Trukikaitis_Postimees, lk 95
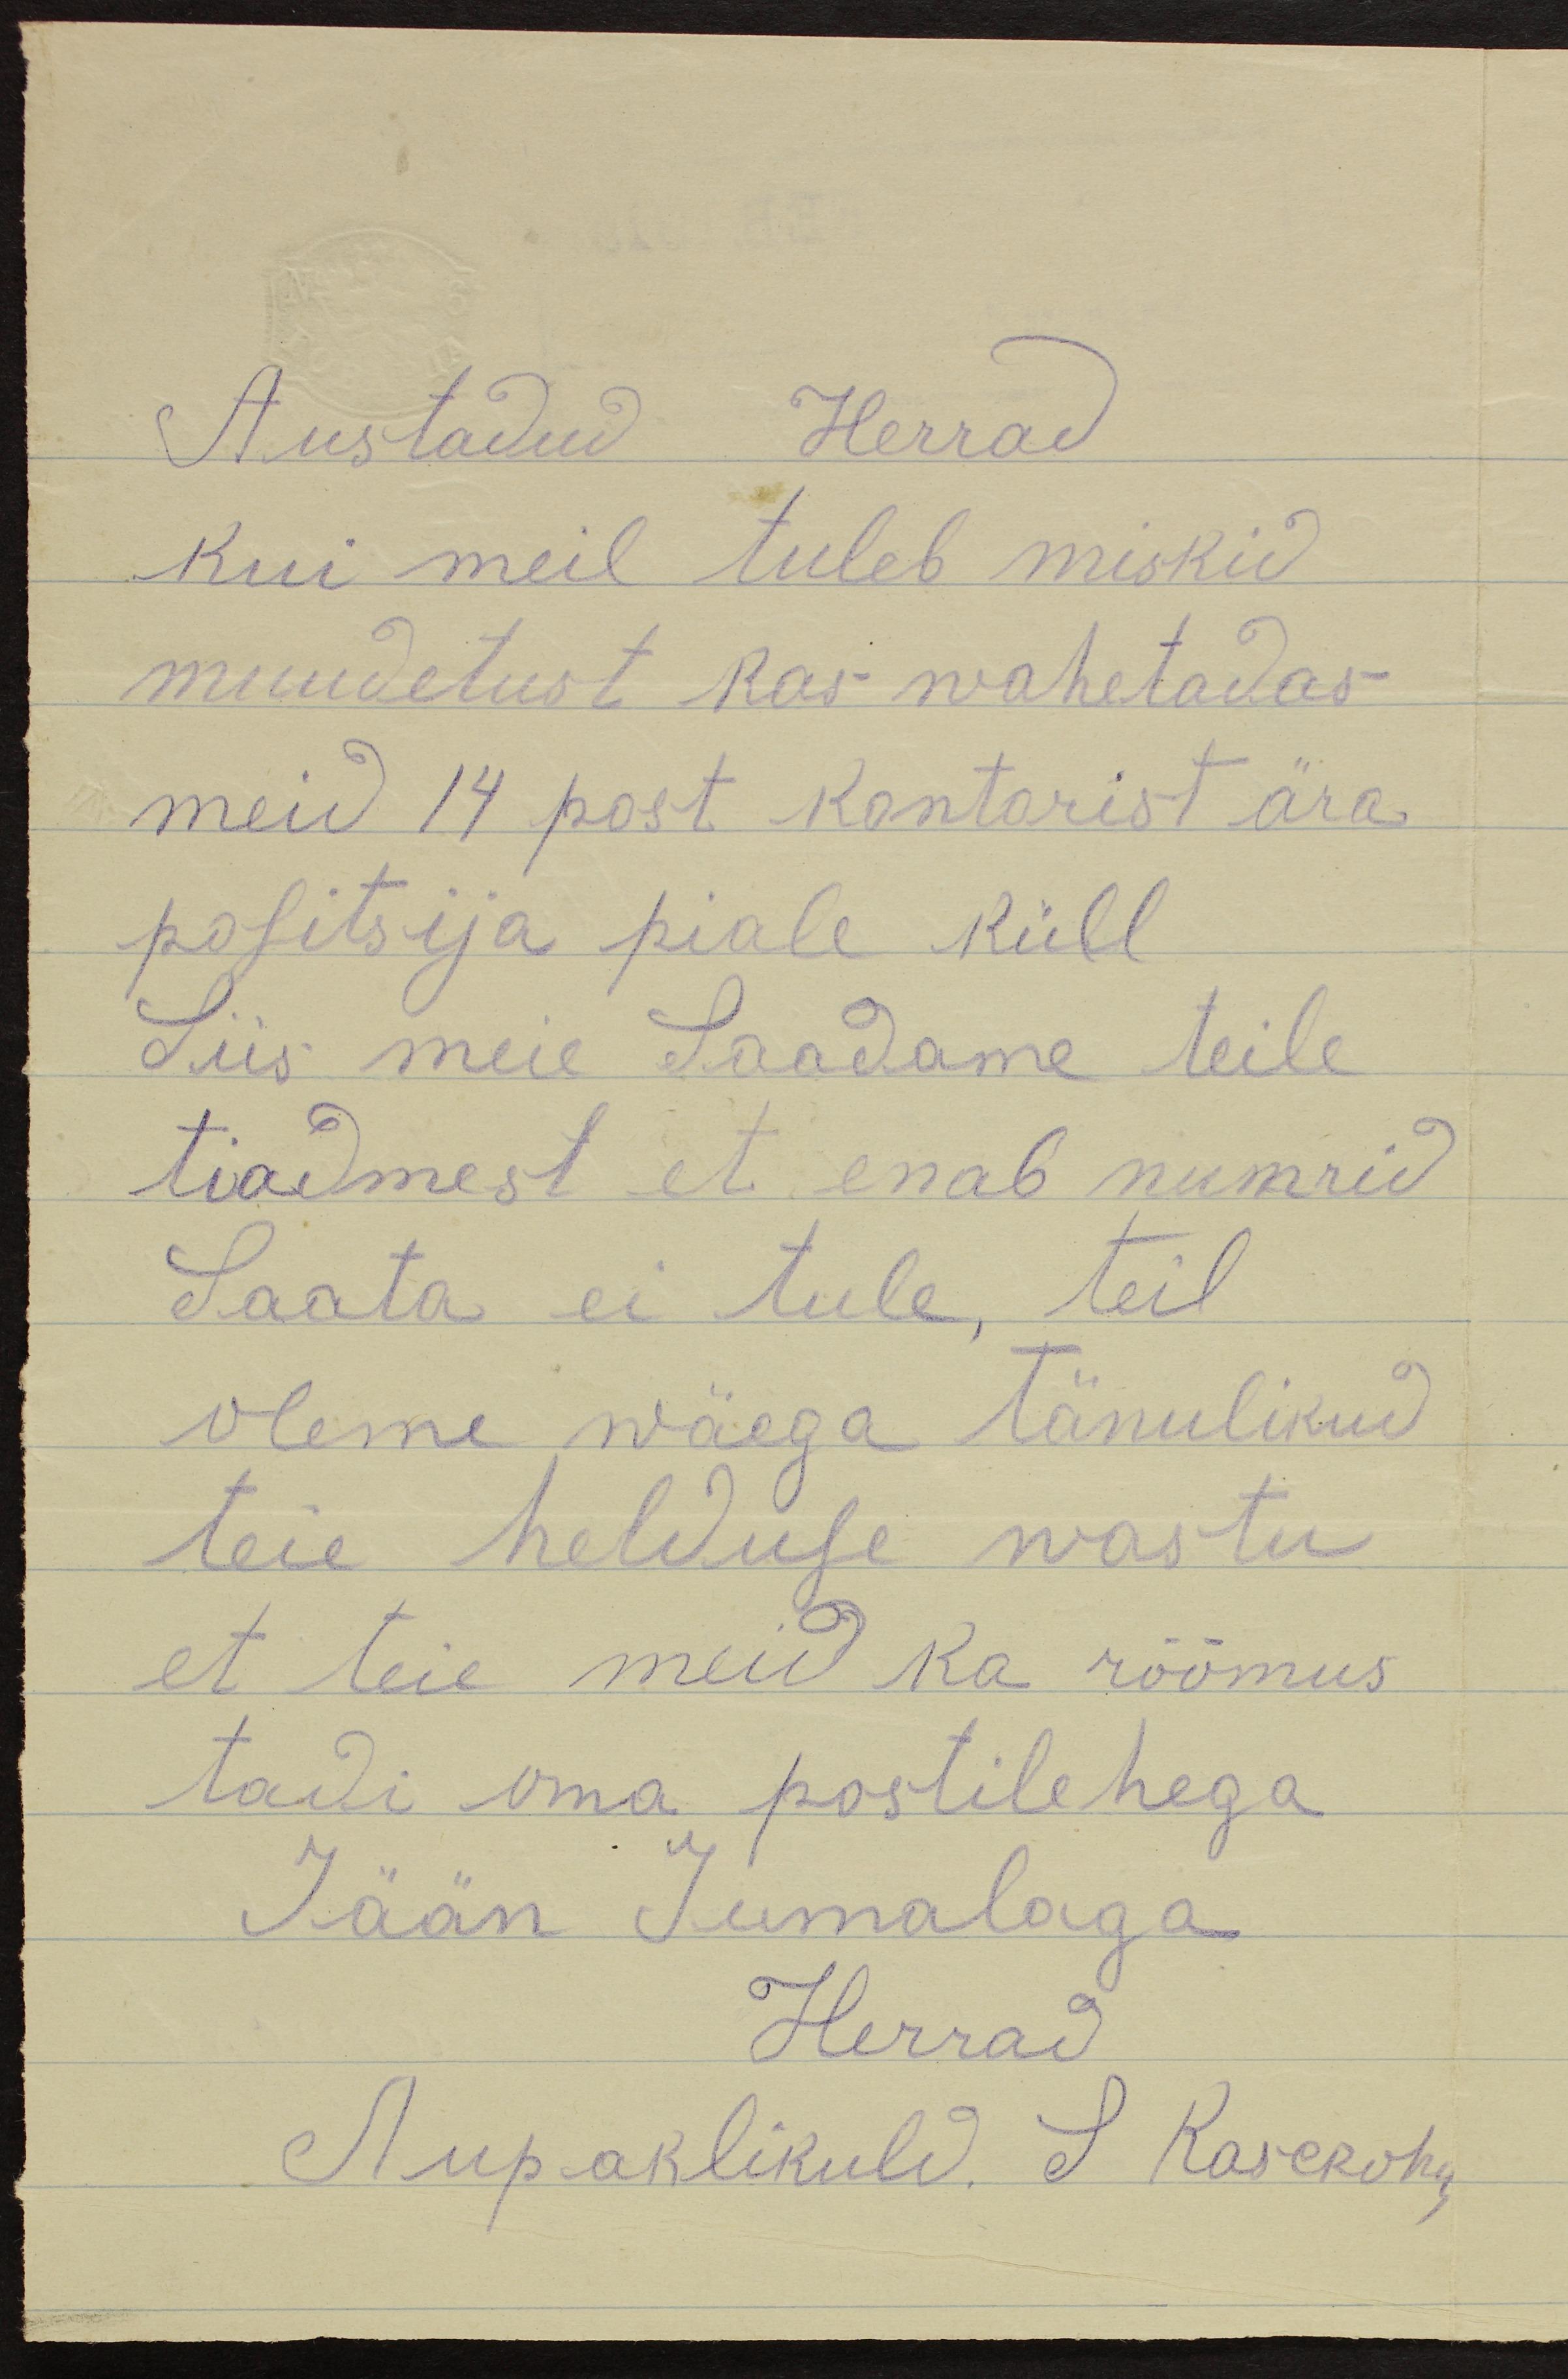
Austadud Herrad
kui meil tuleb miskid
muudetust kas wahetadas
meid 14 post kontorist ära
positsija piale küll
Siis meie Saadame teile
tiadmest et enab numrid
Saata ei tule, teil
oleme wäega tänulikud
teie helduse wastu
et teie meid ka rõõmus
tadi oma postilehega
Jään Jumalaga
Herrad
Aupaklikuld. S Kasekohy